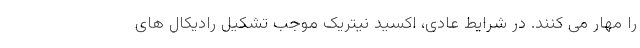
را مهار می کنند. در شرایط عادی، اکسید نیتریک موجب تشکیل رادیکال های